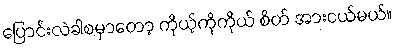
ပြောင်းလဲခါစမှာတော့ ကိုယ့်ကိုကိုယ် စိတ် အားငယ်မယ်။